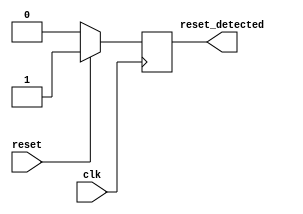
module sync_reset_detector (
    input wire clk,           // Clock signal
    input wire reset,         // Synchronous reset signal
    output reg reset_detected // Output indicating the reset status
);

// State declaration
localparam RESET_STATE = 1'b1;  // State when reset is active
localparam NORMAL_STATE = 1'b0;  // State when reset is inactive

// Sequential logic for reset detection
always @(posedge clk) begin
    if (reset) begin
        reset_detected <= RESET_STATE;  // Set output high when reset is active
    end else begin
        reset_detected <= NORMAL_STATE;  // Set output low when reset is inactive
    end
end

endmodule